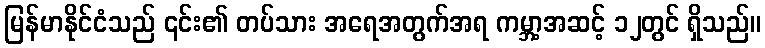
မြန်မာနိုင်ငံသည် ၎င်း၏ တပ်သား အရေအတွက်အရ ကမ္ဘာ့အဆင့် ၁၂တွင် ရှိသည်။